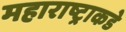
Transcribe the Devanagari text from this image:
महाराष्ट्राकडे